Indian journal of veterinary science and animal husbandry - Volumes 24-25, 1954-1955
Year: 1954
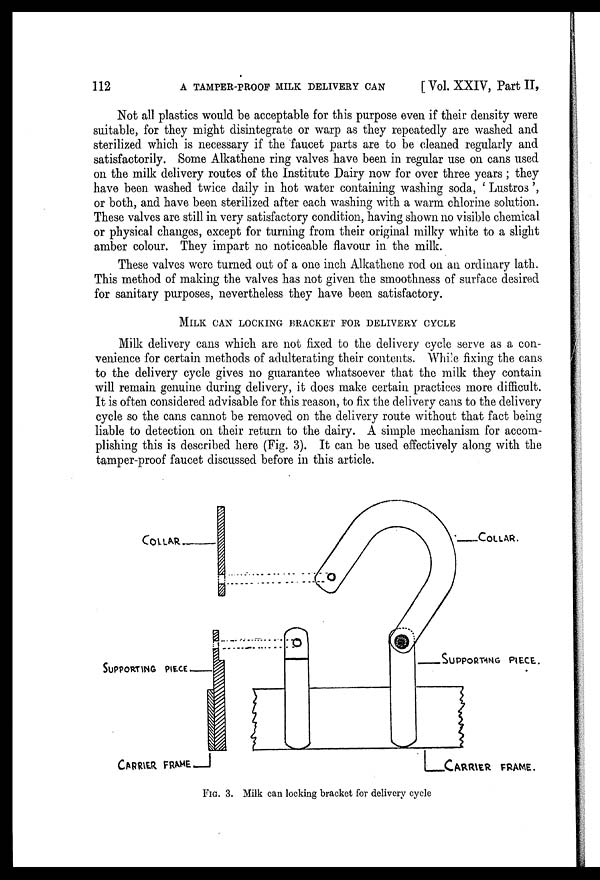
112
A TAMPER-PROOF MILK DELIVERY CAN
[Vol. XXIV, Part II,
Not all plastics would be acceptable for this purpose even if their density were
suitable, for they might disintegrate or warp as they repeatedly are washed and
sterilized which is necessary if the faucet parts are to be cleaned regularly and
satisfactorily. Some Alkathene ring valves have been in regular use on cans used
on the milk delivery routes of the Institute Dairy now for over three years; they
have been washed twice daily in hot water containing washing soda, 'Lustros',
or both, and have been sterilized after each washing with a warm chlorine solution.
These valves are still in very satisfactory condition, having shown no visible chemical
or physical changes, except for turning from their original milky white to a slight
amber colour. They impart no noticeable flavour in. the milk.
These valves were turned out of a one inch Alkathene rod on an ordinary lath.
This method of making the valves has not given the smoothness of surface desired
for sanitary purposes, nevertheless they have been satisfactory.
MILK CAN LOCKING BRACKET FOR DELIVERY CYCLE
Milk delivery cans which are not fixed to the delivery cycle serve as a con-
venience for certain methods of adulterating their contents. While fixing the cans
to the delivery cycle gives no guarantee whatsoever that the milk they contain
will remain genuine during delivery, it does make certain practices more difficult.
It is often considered advisable for this reason, to fix the delivery cans to the delivery
cycle so the cans cannot be removed on the delivery route without that fact being
liable to detection on their return to the dairy. A simple mechanism for accom-
plishing this is described here (Fig. 3). It can be used effectively along with the
tamper-proof faucet discussed before in this article.
FIG . 3. Milk can locking bracket for delivery cycle